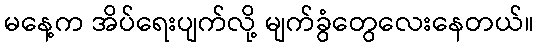
မနေ့က အိပ်ရေးပျက်လို့ မျက်ခွံတွေလေးနေတယ်။